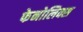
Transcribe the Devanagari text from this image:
फेनोलिक्स